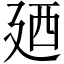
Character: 廼